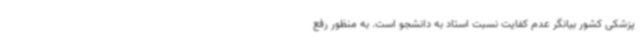
پزشکی کشور بیانگر عدم کفایت نسبت استاد به دانشجو است. به منظور رفع